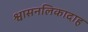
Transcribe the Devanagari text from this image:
श्वासनलिकादाह